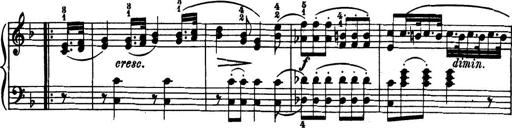
Title: 32 Sonatinas and Rondos for the Piano
Composer: Richard Kleinmichel